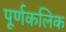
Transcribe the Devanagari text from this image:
पूर्णकलिक